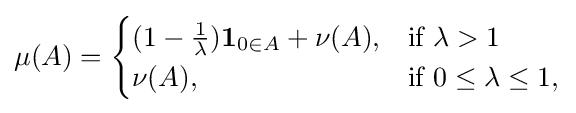
\mu (A)={\begin{cases}(1-{\frac {1}{\lambda }})\mathbf {1} _{0\in A}+\nu (A),&{\text{if }}\lambda >1\\\nu (A),&{\text{if }}0\leq \lambda \leq 1,\end{cases}}